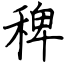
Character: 稗